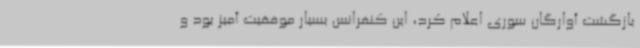
بازگشت آوارگان سوری اعلام کرد، این کنفرانس بسیار موفقیت آمیز بود و